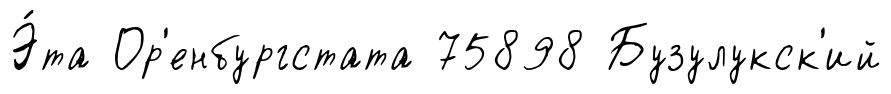
Э́та Ор'енбургстата 75898 Бузулукск'ий